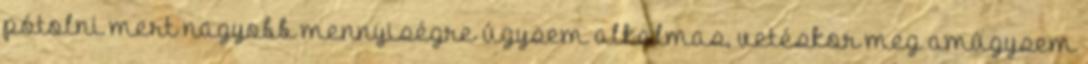
pótolni mert nagyobb mennyiségre úgysem alkalmas, vetéskor meg amúgysem